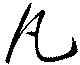
凡